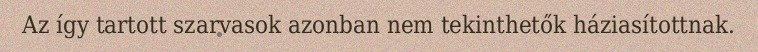
Az így tartott szarvasok azonban nem tekinthetők háziasítottnak.